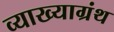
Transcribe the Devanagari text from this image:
व्याख्याग्रंथ